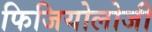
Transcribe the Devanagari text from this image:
फिजियोलोजी